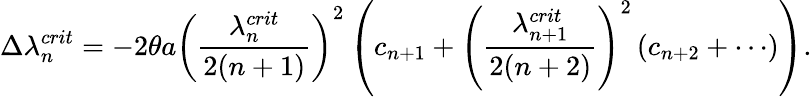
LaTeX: \Delta\lambda_{n}^{crit}=-2\theta a\left(\frac{\lambda_{n}^{crit}}{2(n+1)}\right)^{2}\left(c_{n+1}+\left(\frac{\lambda_{n+1}^{crit}}{2(n+2)}\right)^{2}\left(c_{n+2}+\cdots\right)\right).